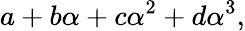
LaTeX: a+b\alpha+c\alpha^{2}+d\alpha^{3},